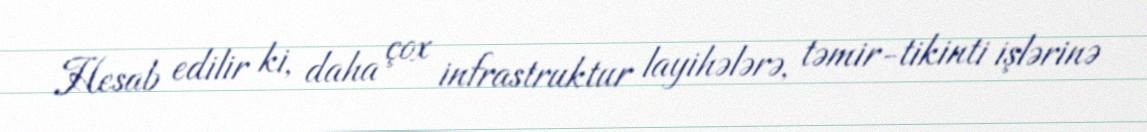
Hesab edilir ki, daha çox infrastruktur layihələrə, təmir-tikinti işlərinə